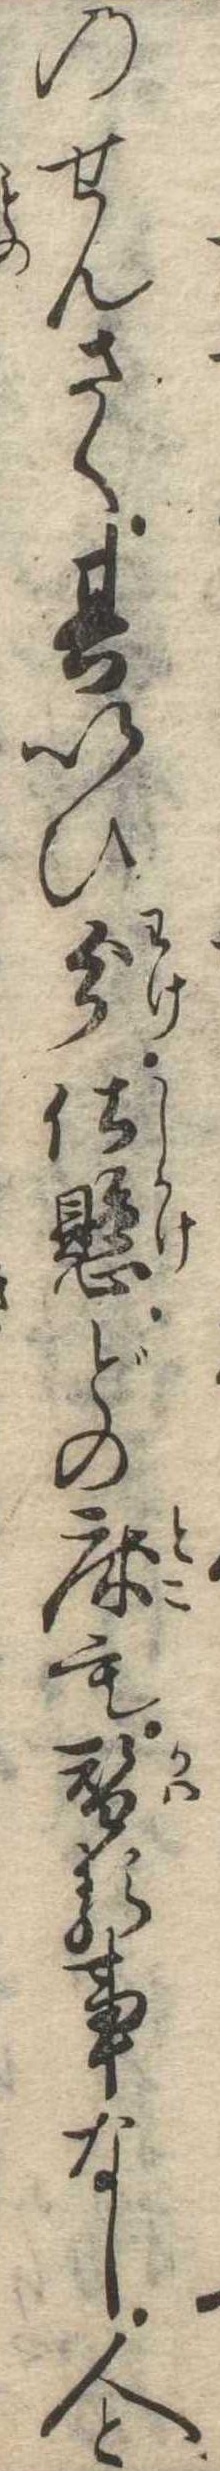
のせんさく其いひ分仕懸どの床も替る事なし人と